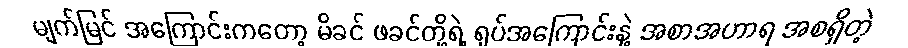
မျက်မြင် အကြောင်းကတော့ မိခင် ဖခင်တို့ရဲ့ ရုပ်အကြောင်းနဲ့ အစာအဟာရ အစရှိတဲ့